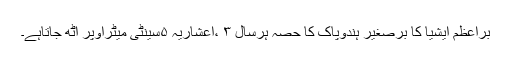
براعظم ایشیا کا برصغیر ہندوپاک کا حصہ ہرسال ۳ ،اعشاریہ ۵سینٹی میٹراوپر اُٹھ جاتاہے۔